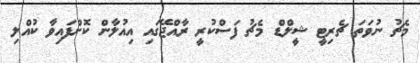
މެޗު ނުވަތަ ޗެރިޓީ ޝީލްޑް މެޗު ފަސްކުރީ ރާއްޖޭގައި އިއުލާން ކޮށްފައިވާ ކުއްލި